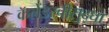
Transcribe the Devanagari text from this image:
कॅलेंडरचीसुद्घा